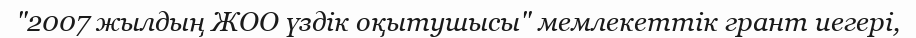
"2007 жылдың ЖОО үздік оқытушысы" мемлекеттік грант иегері,